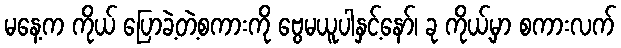
မနေ့က ကိုယ် ပြောခဲ့တဲ့စကားကို ဗွေမယူပါနှင့်နော်၊ ခု ကိုယ့်မှာ စကားလက်